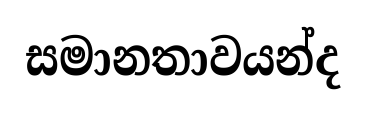
සමානතාවයන්ද